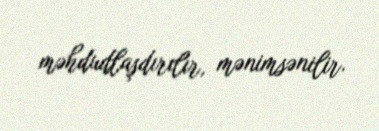
məhdudlaşdırılır, mənimsənilir.